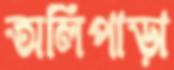
অলিপাড়া